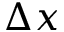
\Delta x